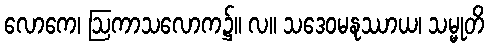
လောကေ၊ ဩကာသလောက၌။ လ။ သဒေဝမနုဿာယ၊ သမ္မုတိ